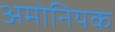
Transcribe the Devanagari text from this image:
अमोनियक